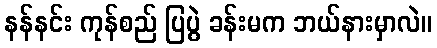
နန်နင်း ကုန်စည် ပြပွဲ ခန်းမက ဘယ်နားမှာလဲ။